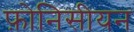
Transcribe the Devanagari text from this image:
फ़ोनिसीयन